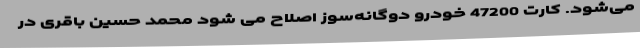
می‌شود. کارت 47200 خودرو دوگانه‌سوز اصلاح می شود محمد حسین باقری در